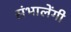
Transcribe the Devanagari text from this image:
संभालेंगी